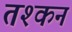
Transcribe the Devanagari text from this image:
तश्कन